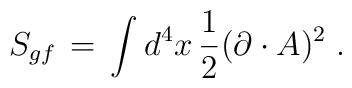
S_{gf}\,=\, \int d^4x \, \frac{1}{2} (\partial \cdot A)^2 \;.